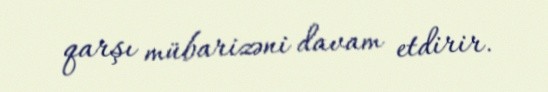
qarşı mübarizəni davam etdirir.